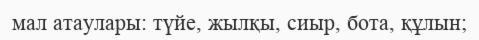
мал атаулары: түйе, жылқы, сиыр, бота, құлын;